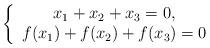
LaTeX: \begin{align*} \left\{ \begin{array}{c}x_1 + x_2 + x_3 = 0, \\f(x_1) + f (x_2) + f (x_3) = 0\end{array}\right.\end{align*}